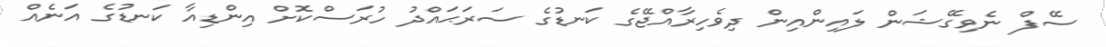
ސޭފް ނެވިގޭޝަން ލައިންއިން ދިވެހިރާއްޖޭގެ ކަނޑުގެ ސަރަޙައްދު ހުރަސްކޮށް އިންޑިއާ ކަނޑުގެ އަނެއް